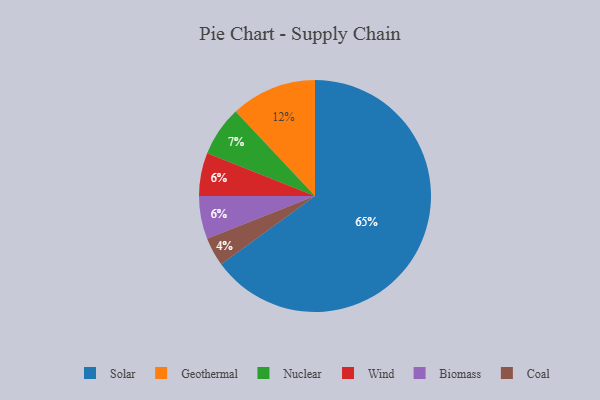
{"axis": {"x": "Category", "y": "Percentage"}, "legend": ["Biomass", "Coal", "Geothermal", "Nuclear", "Solar", "Wind"], "data": [{"x": "Geothermal", "y": 12, "type": "Geothermal"}, {"x": "Wind", "y": 6, "type": "Wind"}, {"x": "Solar", "y": 65, "type": "Solar"}, {"x": "Coal", "y": 4, "type": "Coal"}, {"x": "Nuclear", "y": 7, "type": "Nuclear"}, {"x": "Biomass", "y": 6, "type": "Biomass"}]}